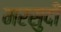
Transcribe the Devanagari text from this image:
मरसुदी